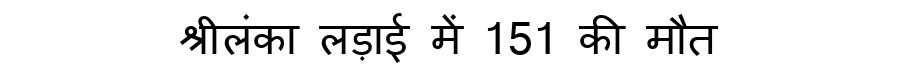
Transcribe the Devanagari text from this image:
श्रीलंका लड़ाई में 151 की मौत